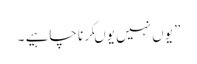
” یوں نہیں یوںکرنا چاہیے ۔